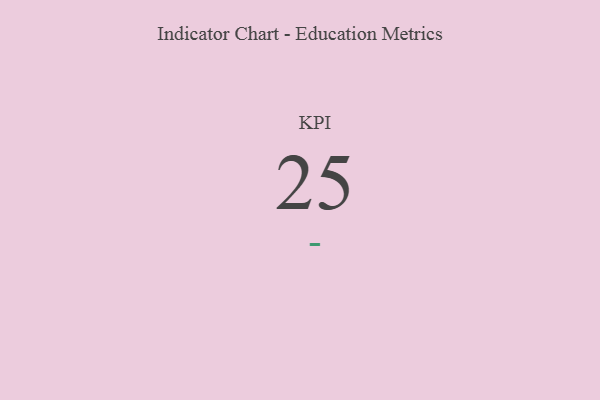
{"axis": {"x": "KPI", "y": "Value"}, "legend": [""], "data": [{"x": "KPI", "y": 25, "type": ""}]}